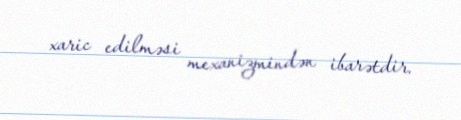
xaric edilməsi mexanizmindən ibarətdir.